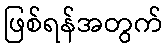
ဖြစ်ရန်အတွက်